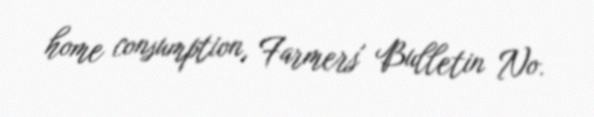
home consumption, Farmers' Bulletin No.